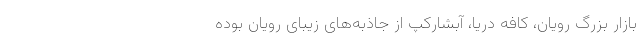
بازار بزرگ رویان، کافه دریا، آبشارکپ از جاذبه­‌های زیبای رویان بوده